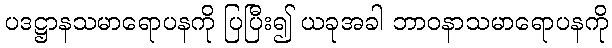
ပဒဋ္ဌာနသမာရောပနကို ပြပြီး၍ ယခုအခါ ဘာဝနာသမာရောပနကို